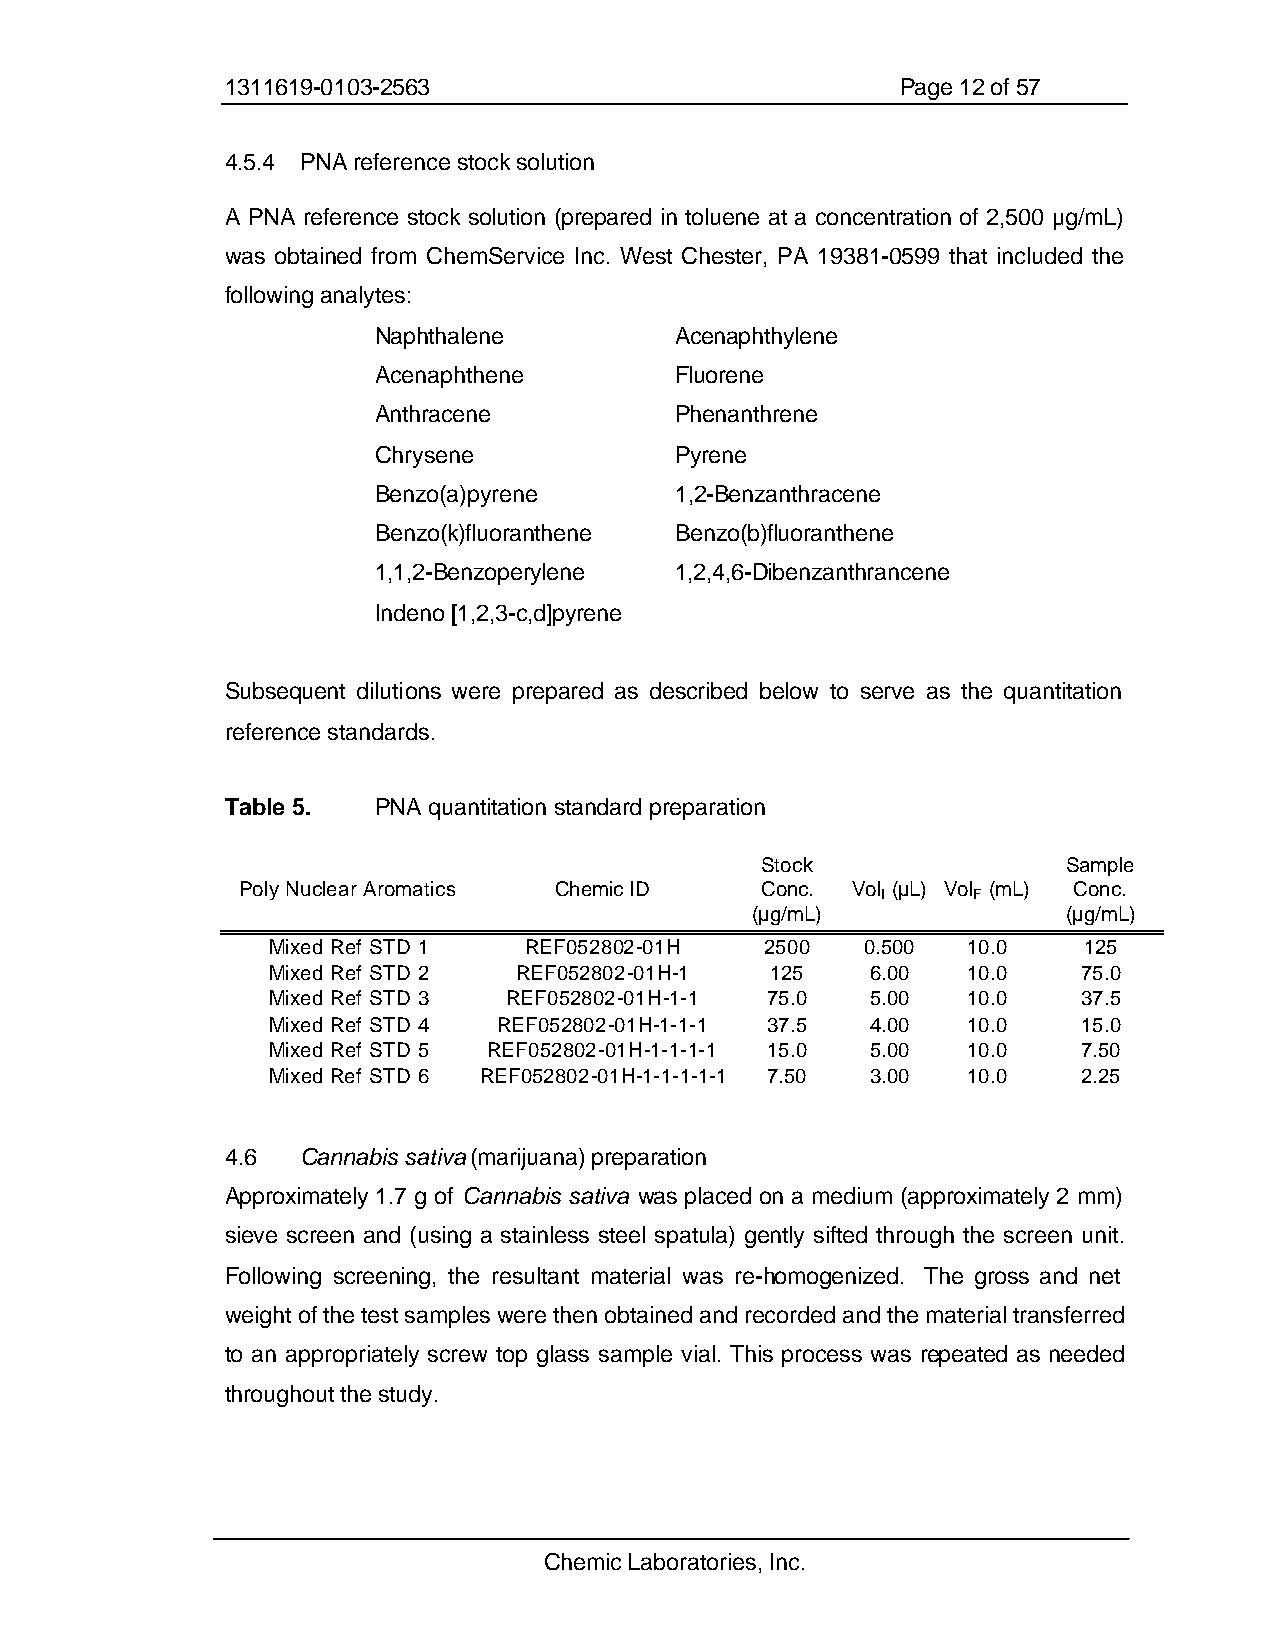
1311619-0103-2563                            Page 12 of 57
 4.5.4 PNA reference stock solution
 A PNA reference stock solution (prepared in toluene at a concentration of 2,500 µg/mL)
 was obtained from ChemService Inc. West Chester, PA 19381-0599 that included the
 following analytes:
 Naphthalene         Acenaphthylene
 Acenaphthene        Fluorene
 Anthracene          Phenanthrene
 Chrysene            Pyrene
 Benzo(a)pyrene      1,2-Benzanthracene
 Benzo(k)fluoranthene Benzo(b)fluoranthene
 1,1,2-Benzoperylene 1,2,4,6-Dibenzanthrancene
 Indeno [1,2,3-c,d]pyrene
 Subsequent dilutions were prepared as described below to serve as the quantitation
 reference standards.
 Table 5.  PNA quantitation standard preparation
 Stock                Sample
 Poly Nuclear Aromatics Chemic ID  Conc. Vol (µL) Vol (mL) Conc.
 I     F
 (µg/mL)              (µg/mL)
 Mixed Ref STD 1  REF052802-01H   2500  0.500  10.0    125
 Mixed Ref STD 2 REF052802-01H-1  125    6.00  10.0    75.0
 Mixed Ref STD 3 REF052802-01H-1-1 75.0  5.00  10.0    37.5
 Mixed Ref STD 4 REF052802-01H-1-1-1 37.5 4.00 10.0    15.0
 Mixed Ref STD 5 REF052802-01H-1-1-1-1 15.0 5.00 10.0  7.50
 Mixed Ref STD 6 REF052802-01H-1-1-1-1-1 7.50 3.00 10.0 2.25
 4.6  Cannabis sativa (marijuana) preparation
 Approximately 1.7 g of Cannabis sativa was placed on a medium (approximately 2 mm)
 sieve screen and (using a stainless steel spatula) gently sifted through the screen unit.
 Following screening, the resultant material was re-homogenized. The gross and net
 weight of the test samples were then obtained and recorded and the material transferred
 to an appropriately screw top glass sample vial. This process was repeated as needed
 throughout the study.
 Chemic Laboratories, Inc.